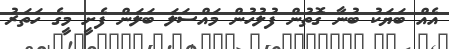
އެއް ބަޔަކު ބުނާ ގޮތުން ފުލުހުން މައްސަލަ ބަލަން ފެށީ މީގެ ހަތަރު